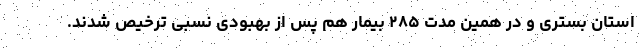
استان بستری و در همین مدت ۲۸۵ بیمار هم پس از بهبودی نسبی ترخیص شدند.